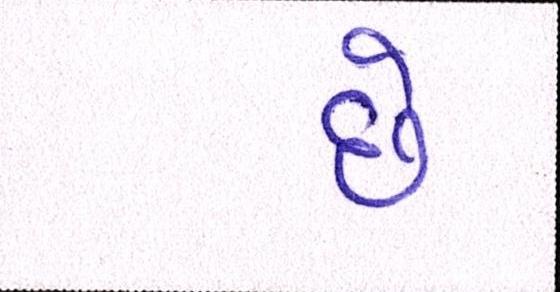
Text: છેઃ